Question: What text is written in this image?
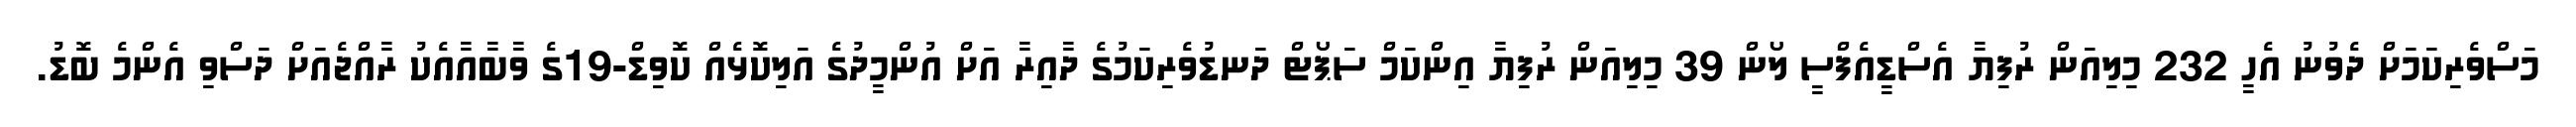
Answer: މަސްވެރިކަމަށް ދެވުނު އެހީ 232 މިލިއަން ރުފިޔާ އެސްޑީއެފްސީ ލޯން 39 މިލިއަން ރުފިޔާ އިންކަމް ސަޕޯޓް ދަނޑުވެރިކަމުގެ ދާއިރާ އަށް އުންމީދުގެ އަލިކޮޅެއް ކޮވިޑް-19ގެ ވާބާއާއެކު ރާއްޖެއަށް ދަސްވި އެންމެ ބޮޑު.